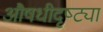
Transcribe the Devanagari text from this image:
औषधीदृष्ट्या